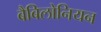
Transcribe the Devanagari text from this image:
बैबिलोनियन